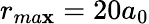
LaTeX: r_{ma\mathbf{x}}=20a_{0}